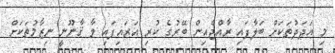
މި އަދަދުތަކަށް ބަލާފައި ރާއްޖެއިން ބޭރުގެ ކުރި އަރައިފައި ވާ ޤާނޫނީ ނިޒާމުތަކަށް